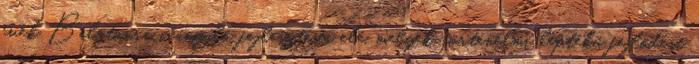
évek Balatonra irányuló fejlesztései elé, melyek történelmi léptékű fejlődést